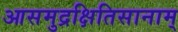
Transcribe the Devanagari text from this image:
आसमुद्रक्षितिसानाम्